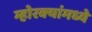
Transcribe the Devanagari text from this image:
म्होरक्यांमध्ये